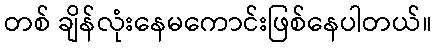
တစ် ချိန်လုံးနေမကောင်းဖြစ်နေပါတယ်။